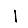
Digit: 1